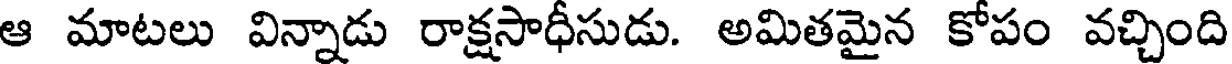
ఆ మాటలు విన్నాడు రాక్షసాధీసుడు. అమితమైన కోపం వచ్చింది